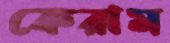
কেরাম